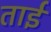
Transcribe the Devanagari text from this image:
ताईं